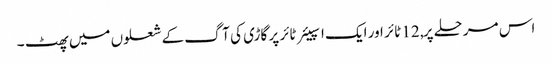
اس مرحلے پر, 12 ٹائر اور ایک اسپیئر ٹائر پر گاڑی کی آگ کے شعلوں میں پھٹ ۔